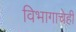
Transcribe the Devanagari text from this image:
विभागाचेही